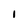
Character: I